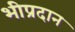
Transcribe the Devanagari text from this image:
भीप्रदान